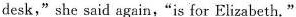
desk,"she said again,"is for Elizabeth."